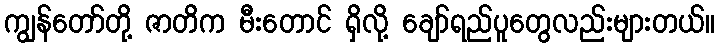
ကျွန်တော်တို့ ဇာတိက မီးတောင် ရှိလို့ ချော်ရည်ပူတွေလည်းများတယ်။